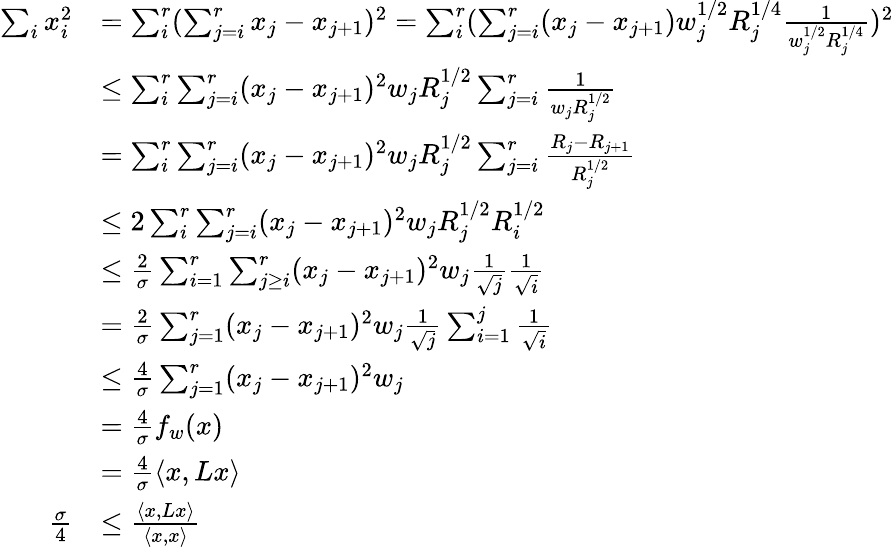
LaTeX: \begin{array}{rl}{\sum_{i}x_{i}^{2}}&{=\sum_{i}^{r}(\sum_{j=i}^{r}x_{j}-x_{j+1})^{2}=\sum_{i}^{r}(\sum_{j=i}^{r}(x_{j}-x_{j+1})w_{j}^{1/2}R_{j}^{1/4}\frac{1}{w_{j}^{1/2}R_{j}^{1/4}})^{2}}\\ &{\leq\sum_{i}^{r}\sum_{j=i}^{r}(x_{j}-x_{j+1})^{2}w_{j}R_{j}^{1/2}\sum_{j=i}^{r}\frac{1}{w_{j}R_{j}^{1/2}}}\\ &{=\sum_{i}^{r}\sum_{j=i}^{r}(x_{j}-x_{j+1})^{2}w_{j}R_{j}^{1/2}\sum_{j=i}^{r}\frac{R_{j}-R_{j+1}}{R_{j}^{1/2}}}\\ &{\leq 2\sum_{i}^{r}\sum_{j=i}^{r}(x_{j}-x_{j+1})^{2}w_{j}R_{j}^{1/2}R_{i}^{1/2}}\\ &{\leq\frac{2}{\sigma}\sum_{i=1}^{r}\sum_{j\geq i}^{r}(x_{j}-x_{j+1})^{2}w_{j}\frac{1}{\sqrt{j}}\frac{1}{\sqrt{i}}}\\ &{=\frac{2}{\sigma}\sum_{j=1}^{r}(x_{j}-x_{j+1})^{2}w_{j}\frac{1}{\sqrt{j}}\sum_{i=1}^{j}\frac{1}{\sqrt{i}}}\\ &{\leq\frac{4}{\sigma}\sum_{j=1}^{r}(x_{j}-x_{j+1})^{2}w_{j}}\\ &{=\frac{4}{\sigma}f_{w}(x)}\\ &{=\frac{4}{\sigma}\langle x,Lx\rangle}\\ {\frac{\sigma}{4}}&{\leq\frac{\langle x,Lx\rangle}{\langle x,x\rangle}}\end{array}